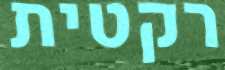
רקטית